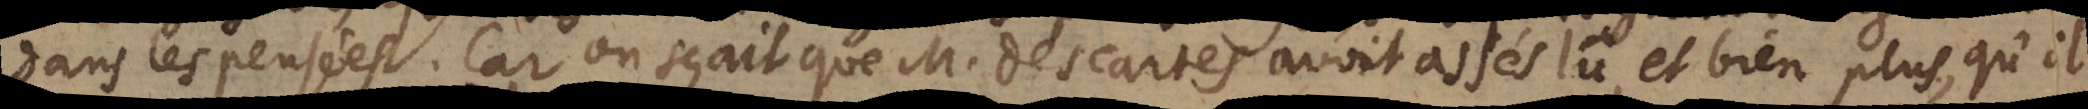
dans les pensées. Car on sçait que M. des Cartes avoit assés lû, et bien plus, qu’il